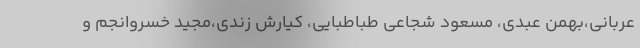
عربانی،بهمن عبدی، مسعود شجاعی طباطبایی، کیارش زندی،مجید خسروانجم و